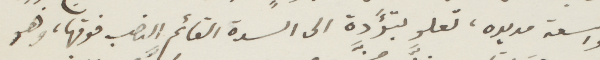
واسعة مديده، تعلو بتؤدة الى السدة القائم النصب فوقها، وهو